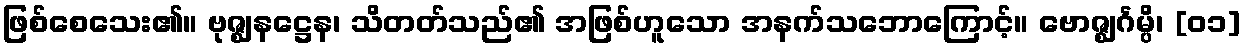
ဖြစ်စေသေး၏။ ဗုဇ္ဈနဋ္ဌေန၊ သိတတ်သည်၏ အဖြစ်ဟူသော အနက်သဘောကြောင့်။ ဗောဇ္ဈင်္ဂမ္ပိ၊ [၀၁]